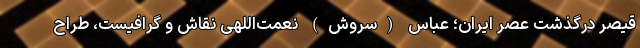
قیصر درگذشت عصر ایران؛ عباس (سروش) نعمت‌اللهی نقاش و گرافیست، طراح